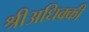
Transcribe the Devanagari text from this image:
श्रीअधिक्की